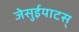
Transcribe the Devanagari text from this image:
जेसुईयाटस्